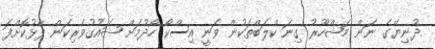
ދުނިޔޭގެ ނަން މަޝްހޫރު ގިނަ ކްލަބްތަކުން ވަނީ އިސްކޯ ހޯދުމަށް ޝައުގުވެރިކަން ފާޅުކޮށްފަ